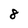
Character: 8